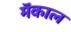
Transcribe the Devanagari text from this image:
मॅकाल